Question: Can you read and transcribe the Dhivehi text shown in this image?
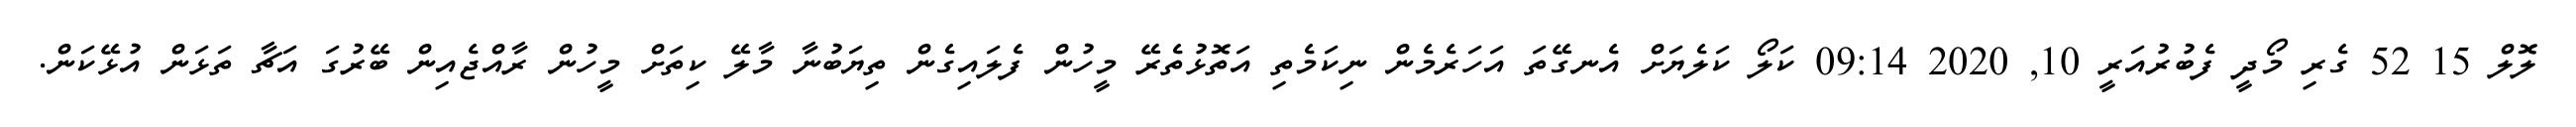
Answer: ލޮލް 15 52 ގެރި މޯދީ ފެބުރުއަރީ 10, 2020 09:14 ކަލޯ ކަލެޔަށް އެނގޭތަ އަހަރެމެން ނިކަމެތި އަތޮޅުތެރޭ މީހުން ފެލައިގެން ތިޔަބުނާ މާލޭ ކިތަށް މީހުން ރާއްޖެއިން ބޭރުގަ އަޗާ ތަޅަން އުޅޭކަން.